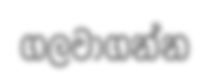
ගලවාගන්න